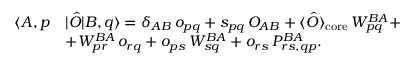
\begin{array} { r l } { \langle A , p } & { | \hat { O } | B , q \rangle = \delta _ { A B } \, o _ { p q } + s _ { p q } \, O _ { A B } + \langle \hat { O } \rangle _ { \mathrm { c o r e } } \, W _ { p q } ^ { B A } + } \\ & { + W _ { p r } ^ { B A } \, o _ { r q } + o _ { p s } \, W _ { s q } ^ { B A } + o _ { r s } \, P _ { r s , q p } ^ { B A } . } \end{array}